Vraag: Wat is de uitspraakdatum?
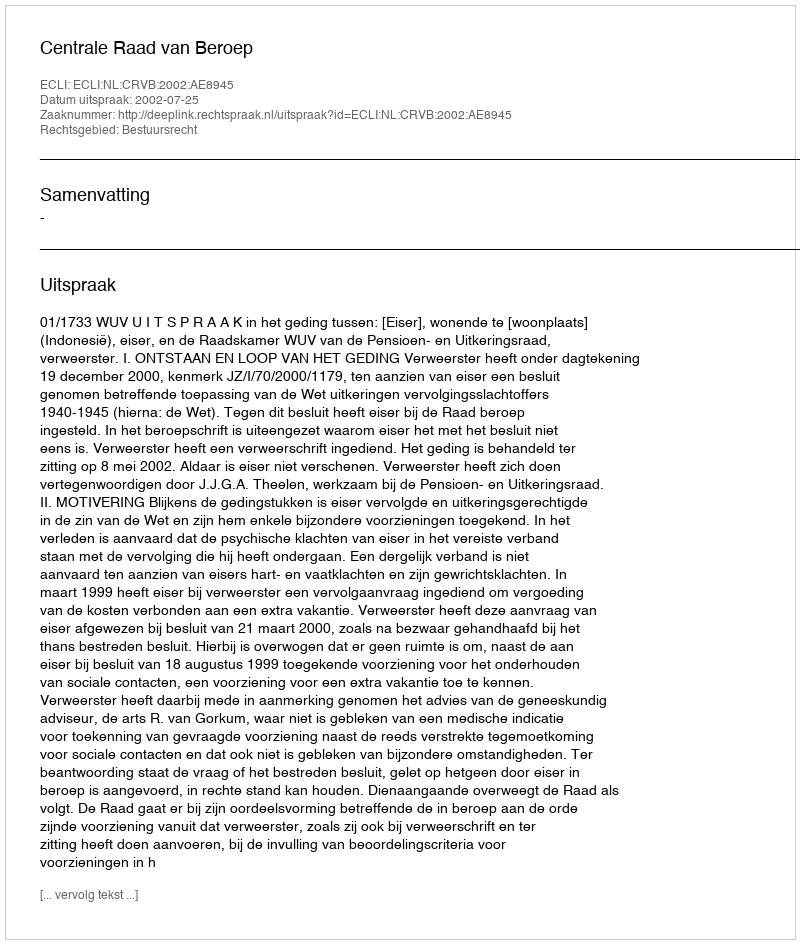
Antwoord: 2002-07-25